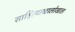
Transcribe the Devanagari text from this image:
साहित्याखालोखाल